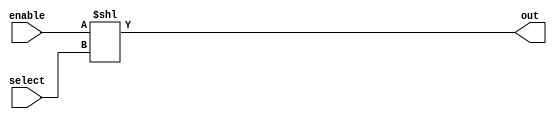
module decoder(select, enable, out);

	input [4:0] select;
    input enable;
    output [31:0] out;

	assign out = enable << select;
endmodule